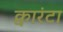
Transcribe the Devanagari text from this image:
क्वारंटा